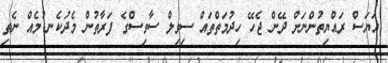
އަޔަސް ރައްޔިތުންނަށް ދޭން ޖެހޭ ހިދުމަތްތައް ސިވިލް ސާވިސްގެ ފަރާތުން މެދުކެނޑުމެއް ނެތި